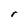
Character: r